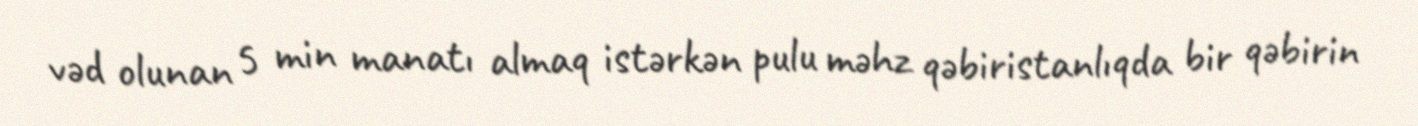
vəd olunan 5 min manatı almaq istərkən pulu məhz qəbiristanlıqda bir qəbirin